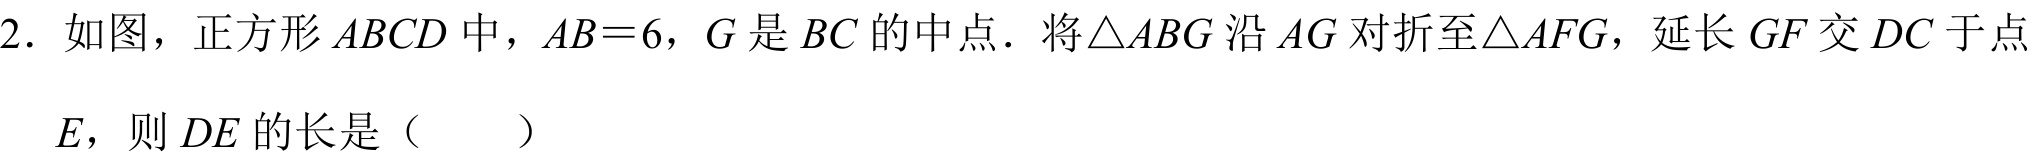
2. 如图，正方形\(ABCD\)中，\(AB = 6\)，\(G\)是\(BC\)的中点．将\(\triangle ABG\)沿\(AG\)对折至\(\triangle AFG\)，延长\(GF\)交\(DC\)于点\(E\)，则\(DE\)的长是（  ）